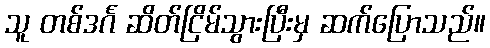
သူ တစ်ဒင်္ဂ ဆိတ်ငြိမ်သွားပြီးမှ ဆက်ပြောသည်။